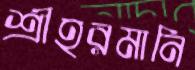
শ্রীহরমানি